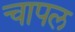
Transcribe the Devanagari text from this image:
चापल